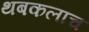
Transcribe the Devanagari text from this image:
थबकलाच